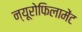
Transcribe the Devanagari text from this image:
न्यूरोफिलामेंट